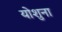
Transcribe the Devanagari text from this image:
योशुना